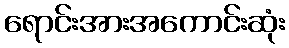
ရောင်းအားအကောင်းဆုံး